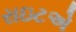
રાઇટએ